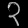
Digit: ၃